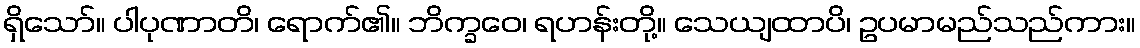
ရှိသော်။ ပါပုဏာတိ၊ ရောက်၏။ ဘိက္ခဝေ၊ ရဟန်းတို့။ သေယျထာပိ၊ ဥပမာမည်သည်ကား။